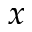
\boldsymbol { x }